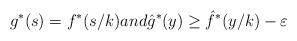
LaTeX: \begin{align*}g^*(s) = f^*(s/k) and \hat{g}^*(y) \ge \hat{f}^*(y/k) - \varepsilon\end{align*}